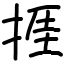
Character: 捱